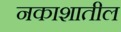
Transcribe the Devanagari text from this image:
नकाशातील